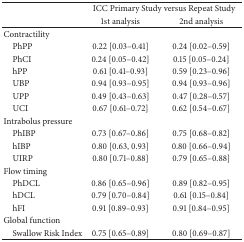
|  | <COLSPAN=2> ICC Primary Study versus Repeat Study |
 |  | 1st analysis | 2nd analysis |
 | --- | --- | --- |
 | Contractility |  |  |
 | PhPP | 0.22 [0.03–0.41] | 0.24 [0.02–0.59] |
 | PhCI | 0.24 [0.05–0.42] | 0.15 [0.05–0.24] |
 | hPP | 0.61 [0.41–0.93] | 0.59 [0.23–0.96] |
 | UBP | 0.94 [0.93–0.95] | 0.94 [0.93–0.96] |
 | UPP | 0.49 [0.43–0.63] | 0.47 [0.28–0.57] |
 | UCI | 0.67 [0.61–0.72] | 0.62 [0.54–0.67] |
 | Intrabolus pressure |  |  |
 | PhIBP | 0.73 [0.67–0.86] | 0.75 [0.68–0.82] |
 | hIBP | 0.80 [0.63, 0.93] | 0.80 [0.66–0.94] |
 | UIRP | 0.80 [0.71–0.88] | 0.79 [0.65–0.88] |
 | Flow timing |  |  |
 | PhDCL | 0.86 [0.65–0.96] | 0.89 [0.82–0.95] |
 | hDCL | 0.79 [0.70–0.84] | 0.61 [0.15–0.84] |
 | hFI | 0.91 [0.89–0.93] | 0.91 [0.84–0.95] |
 | Global function |  |  |
 | Swallow Risk Index | 0.75 [0.65–0.89] | 0.80 [0.69–0.87] |